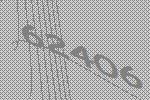
62406